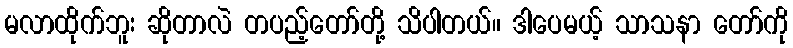
မလာထိုက်ဘူး ဆိုတာလဲ တပည့်တော်တို့ သိပါတယ်။ ဒါပေမယ့် သာသနာ တော်ကို